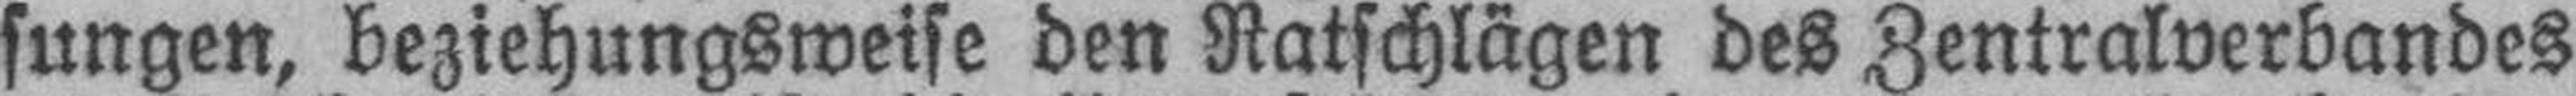
sungen, beziehungsweise den Ratschlägen des Zentralverbandes